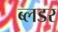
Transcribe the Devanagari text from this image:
ब्लडर